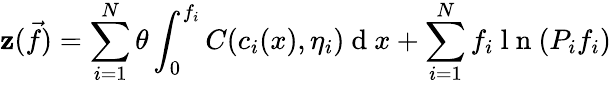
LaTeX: \mathbf{z}(\vec{{f}})=\sum_{i=1}^{N}\theta\int_{0}^{f_{i}}C(c_{i}(x),\eta_{i})\mathrm{{~d~}}x+\sum_{i=1}^{N}f_{i}\mathrm{{~l~n~}}(P_{i}f_{i})